Annual administration and progress report of the Indian Medical Department, Bombay
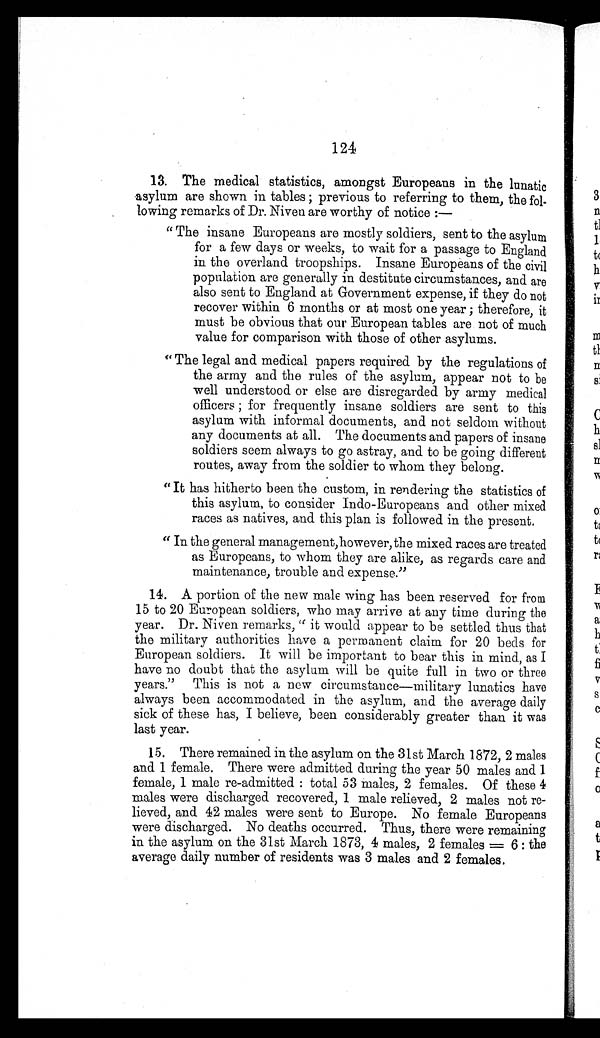
124
13. The medical statistics, amongst Europeans in the lunatic
asylum are shown in tables; previous to referring to them, the fol
-
lowing remarks of Dr. Niven are worthy of notice:—
"The insane Europeans are mostly soldiers, sent to the asylum
for a few days or weeks, to wait for a passage to England
in the overland troopships. Insane Europeans of the civil
population are generally in destitute circumstances, and are
also sent to England at Government expense, if they do not
recover within 6 months or at most one year; therefore, it
must be obvious that our European tables are not of much
value for comparison with those of other asylums.
"The legal and medical papers required by the regulations of
the army and the rules of the asylum, appear not to be
well understood or else are disregarded by army medical
officers; for frequently insane soldiers are sent to this
asylum with informal documents, and not seldom without
any documents at all. The documents and papers of insane
soldiers seem always to go astray, and to be going different
routes, away from the soldier to whom they belong.
"It has hitherto been the custom, in rendering the statistics of
this asylum, to consider Indo-Europeans and other mixed
races as natives, and this plan is followed in the present.
"In the general management, however, the mixed races are treated
as Europeans, to whom they are alike, as regards care and
maintenance, trouble and expense."
14. A portion of the new male wing has been reserved for from
15 to 20 European soldiers, who may arrive at any time during the
year. Dr. Niven remarks, "it would appear to be settled thus that
the military authorities have a permanent claim for 20 beds for
European soldiers. It will be important to bear this in mind, as I
have no doubt that the asylum will be quite full in two or three
years." This is not a new circumstance—military lunatics have
always been accommodated in the asylum, and the average daily
sick of these has, I believe, been considerably greater than it was
last year.
15. There remained in the asylum on the 31st March 1872, 2 males
and 1 female. There were admitted during the year 50 males and 1
female, 1 male re-admitted: total 53 males, 2 females. Of these 4
males were discharged recovered, 1 male relieved, 2 males not re
-
lieved, and 42 males were sent to Europe. No female Europeans
were discharged. No deaths occurred. Thus, there were remaining
in the asylum on the 31st March 1873, 4 males, 2 females = 6: the
average daily number of residents was 3 males and 2 females.